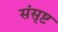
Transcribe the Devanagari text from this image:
संसृष्ट